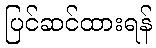
ပြင်ဆင်ထားရန်